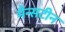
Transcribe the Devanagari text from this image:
मैन्सटीन